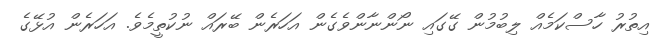
އިތުރު ހާސްކަމެއް ލިބުމުން ގޭގައި ނޯންނާންވެގެން އަހަރެން ބޭރައް ނުކުތީމެވެ. އަހަރެން އުޅޭގެ